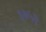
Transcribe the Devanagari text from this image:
३७५३